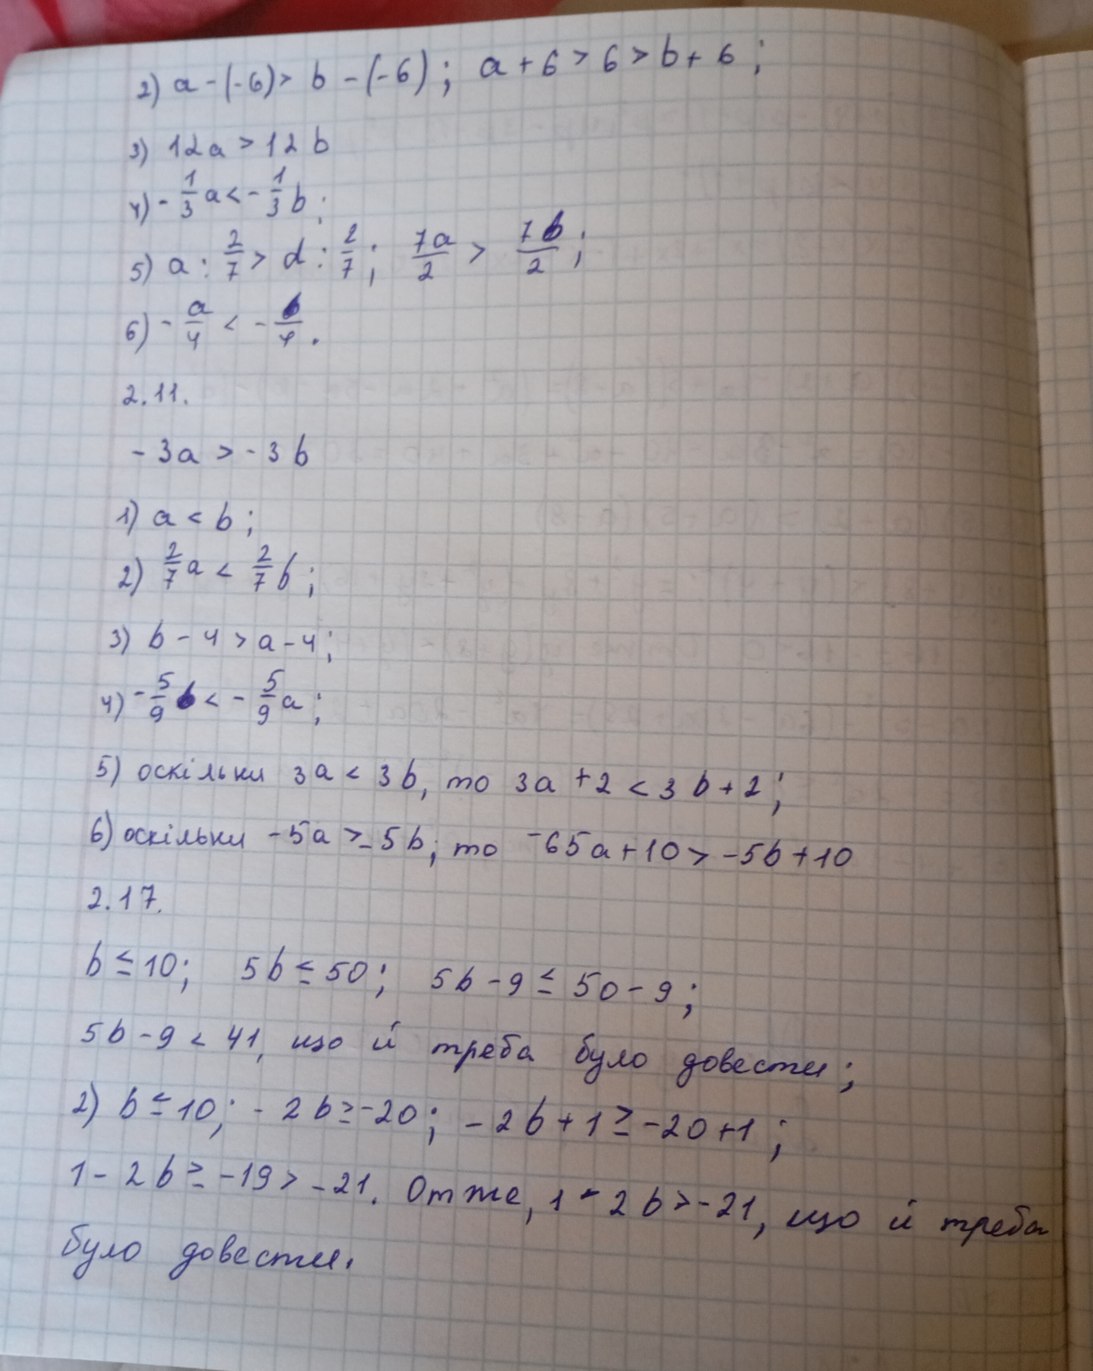
2) a - (-6) > b - (-6) ; a + 6 > 6 > b + 6 ;
3) 12a > 12b
4) - \frac{1}{3} a < -  \frac{1}{3} b ;
5) a /  \frac{2}{7} > d /  \frac{2}{7} ;  \frac{7a}{2} >  \frac{7b}{2} ;
6) -  \frac{a}{4} < -  \frac{b}{4} .
2.11.
- 3a > - 3b
1) a < b ;
2)  \frac{2}{7} a <  \frac{2}{7} b ;
3) b - 4 > a - 4 ;
4) - {5}{9} b < - {5}{9} a ;
5) оскільки 3a < 3b, то 3a + 2 < 3b + 2;
6) оскільки - 5a > - 5b, то - 65a + 10 > - 5b + 10
2.17.
b ≤ 10; 5b ≤ 50; 5b - 9 ≤ 50 - 9;
5b - 9 < 41, що й треба було довести;
2) b ≤ 10; - 2b ≥ - 20; - 2b + 1 ≥ - 20 + 1;
1 - 2b > - 19 > - 21. Отже, 1 - 2b > - 21, що й треба
було довести.